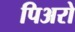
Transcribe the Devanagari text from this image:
पिअरो